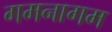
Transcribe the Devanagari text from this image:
गमनागम